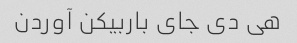
هی دی جای باربیکن آوردن